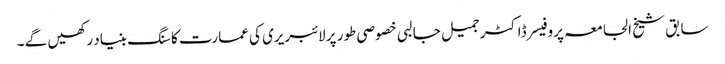
سابق شیخ الجامعہ پروفیسر ڈاکٹر جمیل جالبی خصوصی طور پر لائبریری کی عمارت کا سنگ بنیاد رکھیں گے ۔